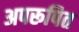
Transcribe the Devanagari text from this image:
अपरूपित